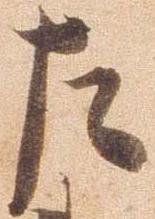
左